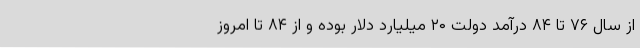
از سال ۷۶ تا ۸۴ در‌آمد دولت ۲۰ میلیارد دلار بوده و از ۸۴ تا امروز